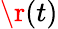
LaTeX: \r(t)